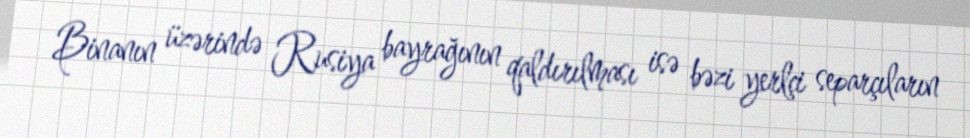
Binanın üzərində Rusiya bayrağının qaldırılması isə bəzi yerlçi separçıların